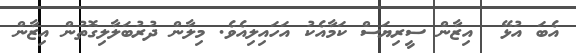
އެބަ އުޅޭ  އިޒާން ސީރިޔަސް ކަމާއެކު އަހައިލިއެވެ. މިލާން ދުރުބަލާލިގޮތުން އިޒާން